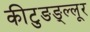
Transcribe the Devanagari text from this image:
कीटुङङ्ल्लूर